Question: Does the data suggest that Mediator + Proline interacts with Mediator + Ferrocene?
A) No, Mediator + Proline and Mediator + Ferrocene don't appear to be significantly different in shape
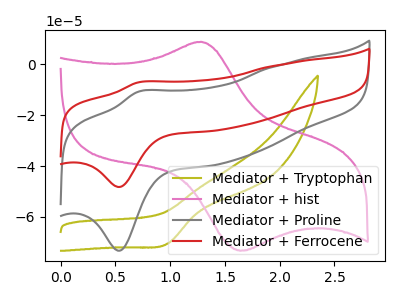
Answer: <think>The olive curve "Mediator + Tryptophan" has a cathodic peak at: (1.00V, -70.55uA). The pink curve "Mediator + hist" has an anodic peak at (1.30V, 8.90uA) and a cathodic peak at (1.65V, -73.35uA). The gray curve "Mediator + Proline" has an anodic peak at (0.70V, -10.75uA) and a cathodic peak at (0.55V, -73.35uA). The red curve "Mediator + Ferrocene" has an anodic peak at (0.70V, -7.05uA) and a cathodic peak at (0.55V, -48.25uA).
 All the peaks in "Mediator + Proline" have a peak in "Mediator + Ferrocene" at the same potential.</think>
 <answer>A) No, "Mediator + Proline" and "Mediator + Ferrocene" don't appear to be significantly different in shape</answer>
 <eval>A</eval>